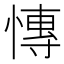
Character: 慱